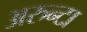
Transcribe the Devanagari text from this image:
अरुन्टा